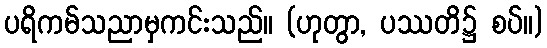
ပရိကမ်သညာမှကင်းသည်။ (ဟုတွာ, ပဿတိ၌ စပ်။)